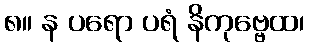
၈။ န ပရော ပရံ နိကုဗ္ဗေထ၊